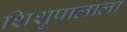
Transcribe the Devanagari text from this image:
शिशुपालाला